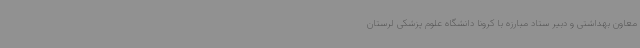
معاون بهداشتی و دبیر ستاد مبارزه با کرونا دانشگاه علوم پزشکی لرستان